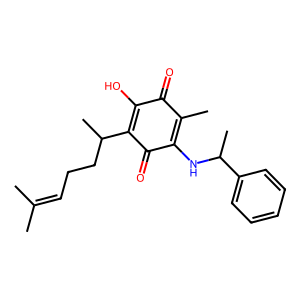
SMILES: CC(C)=CCCC(C)C1=C(O)C(=O)C(C)=C(NC(C)c2ccccc2)C1=O
Inhibits HIV replication: No